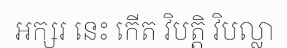
អក្សរ នេះ កើត វិបត្តិ វិបល្លា